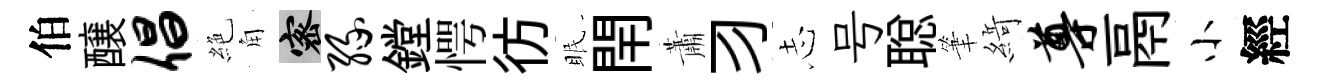
伯醸倡絶角密缘鏜愕彷眠閈蕭习𢖽号聪筆𦂶尊鬲小經